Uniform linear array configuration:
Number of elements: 64
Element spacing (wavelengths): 1
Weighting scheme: hann
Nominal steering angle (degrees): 15
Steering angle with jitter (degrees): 15.453
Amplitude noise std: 0.05
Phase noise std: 0.05

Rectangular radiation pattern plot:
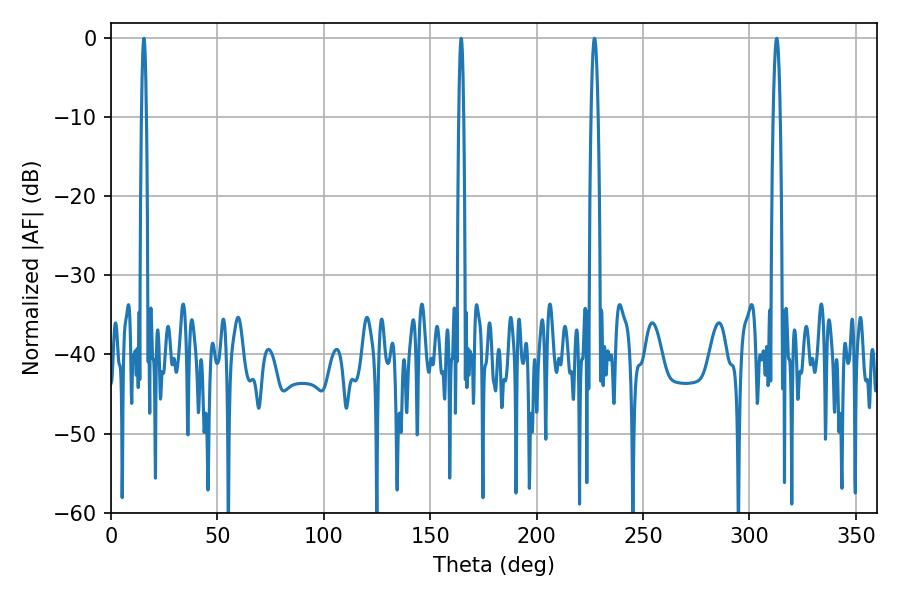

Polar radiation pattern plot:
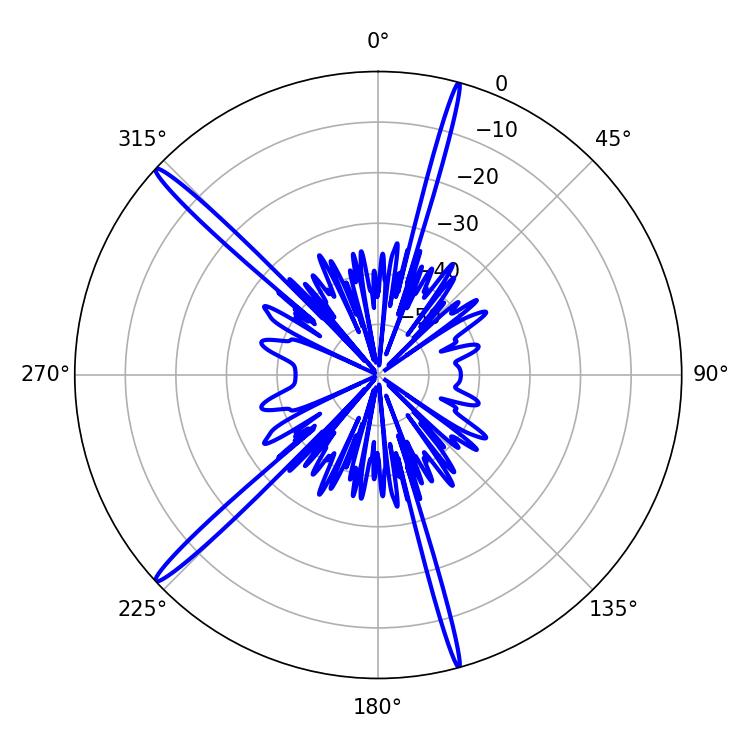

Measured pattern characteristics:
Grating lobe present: TRUE
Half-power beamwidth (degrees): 1.8
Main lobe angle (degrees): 227.16